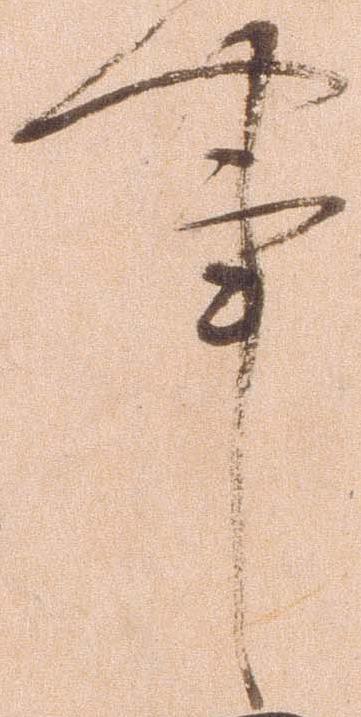
事